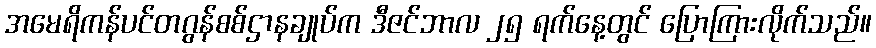
အမေရိကန်ပင်တဂွန်စစ်ဌာနချုပ်က ဒီဇင်ဘာလ ၂၅ ရက်နေ့တွင် ပြောကြားလိုက်သည်။